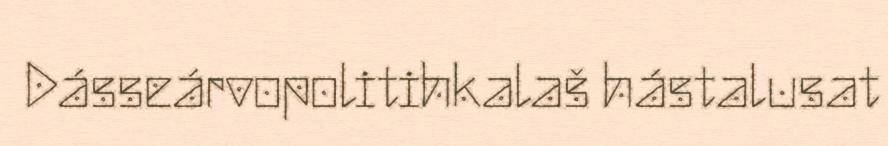
Dásseárvopolitihkalaš hástalusat